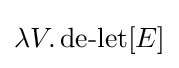
\lambda V.\operatorname {de-let} [E]